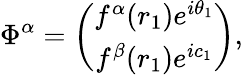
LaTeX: \Phi^{\alpha}=\left(\begin{array}{c}{{f^{\alpha}(r_{1})e^{i\theta_{1}}}}\\ {{f^{\beta}(r_{1})e^{ic_{1}}}}\end{array}\right),